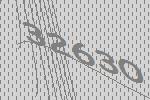
32630